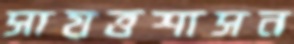
সায়ত্তশাসন